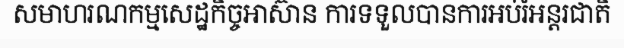
សមាហរណកម្មសេដ្ឋកិច្ចអាស៊ាន ការទទួលបានការអប់រំអន្តរជាតិ